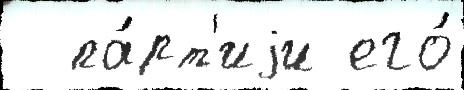
  па́рт'иjи его́